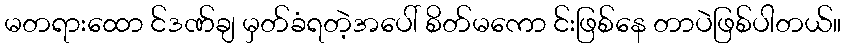
မတရားထော င်ဒဏ်ချ မှတ်ခံရတဲ့အပေါ် စိတ်မကော င်းဖြစ်နေ တာပဲဖြစ်ပါတယ်။